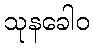
သုနခေါဝ